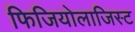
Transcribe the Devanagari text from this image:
फिजियोलाजिस्ट